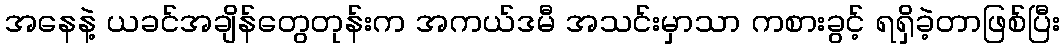
အနေနဲ့ ယခင်အချိန်တွေတုန်းက အကယ်ဒမီ အသင်းမှာသာ ကစားခွင့် ရရှိခဲ့တာဖြစ်ပြီး